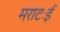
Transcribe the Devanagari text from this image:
मराटःई